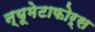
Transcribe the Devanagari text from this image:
न्यूमेटाफोर्स